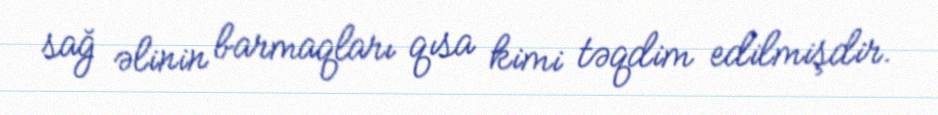
sağ əlinin barmaqları qısa kimi təqdim edilmişdir.